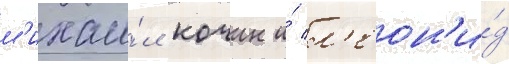
м'ихаи́л кочин и́ л'еон'и́д